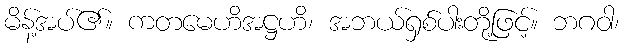
မိန့်အပ်၏။ ကတမေဟိအဋ္ဌဟိ၊ အဘယ်ရှစ်ပါးတို့ဖြင့်။ ဘဂဝါ၊